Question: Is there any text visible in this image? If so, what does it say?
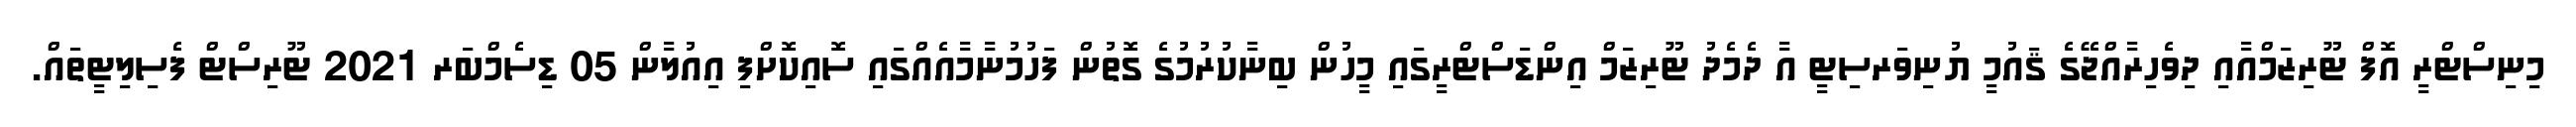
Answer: މިނިސްޓްރީ އޮފް ޓޫރިޒަމްއާއި ދިވެހިރާއްޖޭގެ ޤައުމީ ޔުނިވަރސިޓީ އާ ދެމެދު ޓޫރިޒަމް އިންޑަސްޓްރީގައި މީހުން ބިނާކުރުމުގެ ގޮތުން ފަހުމުނާމާއެއްގައި ސޮއިކޮށްފި އިއުލާން 05 ޑިސެމްބަރ 2021 ޓޫރިސްޓް ފެސިލިޓީތައް.